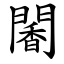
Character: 䦭